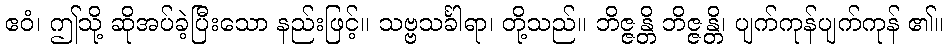
ဧဝံ၊ ဤသို့ ဆိုအပ်ခဲ့ပြီးသော နည်းဖြင့်။ သဗ္ဗသင်္ခါရာ၊ တို့သည်။ ဘိဇ္ဇန္တိ ဘိဇ္ဇန္တိ၊ ပျက်ကုန်ပျက်ကုန် ၏။